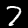
Label: 7